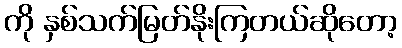
ကို နှစ်သက်မြတ်နိုးကြတယ်ဆိုတော့